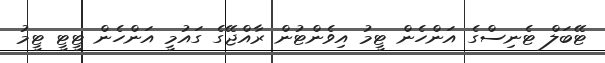
ޓޭބަލް ޓެނިސްގެ އަންހެން ޓީމު އިވެންޓުން ރާއްޖޭގެ ގައުމީ އަންހެން ޓީޓީ ޓީމު